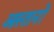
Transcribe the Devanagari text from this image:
आस्तानों